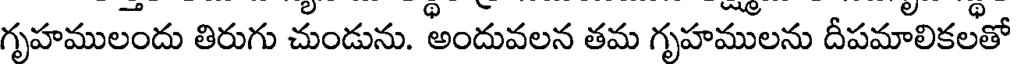
గృహములందు తిరుగు చుండును. అందువలన తమ గృహములను దీపమాలికలతో